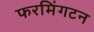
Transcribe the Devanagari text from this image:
फरमिंगटन